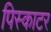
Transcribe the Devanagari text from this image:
पिस्काटर